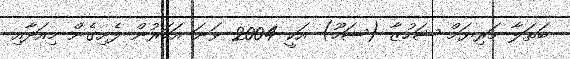
ބަތަލާ މަރިޔަމް ޝަހުޒާ (ޝަހޫ) އަކީ 2004 ވަނަ އަހަރުން ފެށިގެން މިއަދާއި